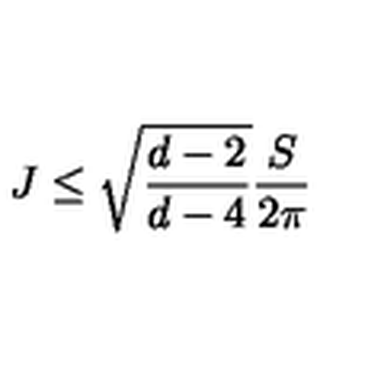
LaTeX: J \leq \sqrt { \frac { d - 2 } { d - 4 } } \frac { S } { 2 \pi }